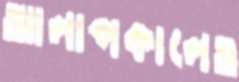
আলাপকালেও